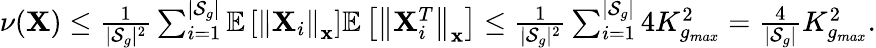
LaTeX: \begin{array}{r}{\nu(\mathbf{X})\le\frac{1}{|\mathcal{S}_{g}|^{2}}\sum_{i=1}^{|\mathcal{S}_{g}|}\mathbb{E}\left[\left\| \mathbf{X}_{i}\right\| _{\mathbf{x}}\right]\mathbb{E}\left[\left\| \mathbf{X}_{i}^{T}\right\| _{\mathbf{x}}\right]\le\frac{1}{|\mathcal{S}_{g}|^{2}}\sum_{i=1}^{|\mathcal{S}_{g}|}4K_{g_{max}}^{2}=\frac{4}{|\mathcal{S}_{g}|}K_{g_{max}}^{2}.}\end{array}